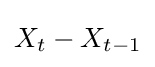
X_{t}-X_{t-1}